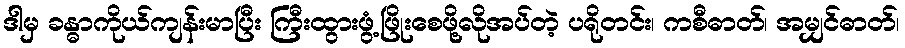
ဒါမှ ခန္ဓာကိုယ်ကျန်းမာပြီး ကြီးထွားဖွံ့ဖြိုးစေဖို့လိုအပ်တဲ့ ပရိုတင်း၊ ကစီဓာတ်၊ အမျှင်ဓာတ်၊